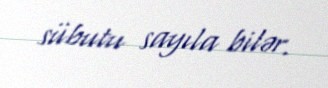
sübutu sayıla bilər.